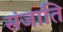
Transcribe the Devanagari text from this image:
संजाति